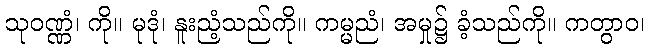
သုဝဏ္ဏံ၊ ကို။ မုဒုံ၊ နူးညံ့သည်ကို။ ကမ္မညံ၊ အမှု၌ ခံ့သည်ကို။ ကတွာဝ၊